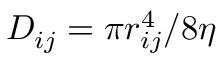
D _ { i j } = \pi r _ { i j } ^ { 4 } / 8 \eta